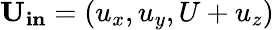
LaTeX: \mathbf{U_{in}}=(u_{x},u_{y},U+u_{z})